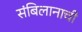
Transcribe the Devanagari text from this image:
संबिलानाची